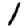
Digit: 1